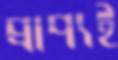
প্রাপ্যই